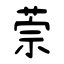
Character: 萗